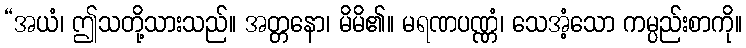
“အယံ၊ ဤသတို့သားသည်။ အတ္တနော၊ မိမိ၏။ မရဏပဏ္ဏံ၊ သေအံ့သော ကမ္ပည်းစာကို။